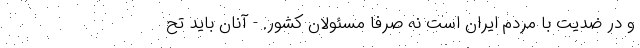
و در ضدیت با مردم ایران است نه صرفاً مسئولان کشور. - آنان باید تح